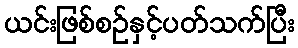
ယင်းဖြစ်စဉ်နှင့်ပတ်သက်ပြီး